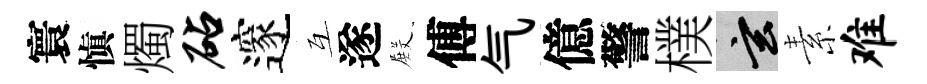
寰愼燭砧邃互遂𭮺傅气億警樸玄素难